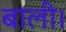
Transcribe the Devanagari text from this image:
बाली।